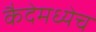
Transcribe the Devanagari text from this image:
कैदेमध्येच